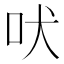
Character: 吠